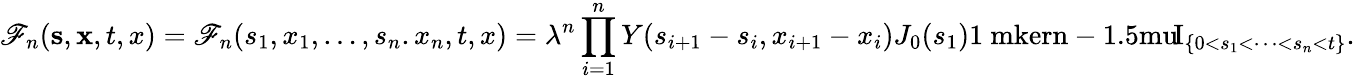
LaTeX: \mathscr{F}_{n}(\mathbf{{s}},\mathbf{{x}},t,x)=\mathscr{F}_{n}(s_{1},x_{1},\dots,s_{n}.x_{n},t,x)=\lambda^{n}\prod_{i=1}^{n}Y(s_{i+1}-s_{i},x_{i+1}-x_{i})J_{0}(s_{1}){\mathrm{{1\ mkern-1.5mu}}\! \mathrm{{I}}}_{\{ 0<s_{1}<\dots<s_{n}<t\} }.